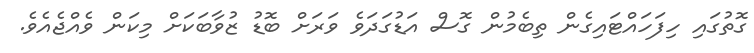
ގޮތުގައި ހިފަހައްޓައިގެން ތިބެމުން ގޮސް އަޑުގަދަވެ ވަރަށް ބޮޑު ޒުވާބަކަށް މިކަން ވެއްޖެއެވެ.